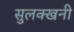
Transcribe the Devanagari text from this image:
सुलक्खनी